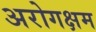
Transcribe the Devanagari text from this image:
अरोगक्षम